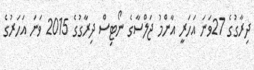
ދިރާގުގެ 27ވަނަ އަހަރީ އާންމު ޖަލްސާގެ ނޯޓިސް ދިރާގުގެ 2015 ވަނަ އަހަރުގެ